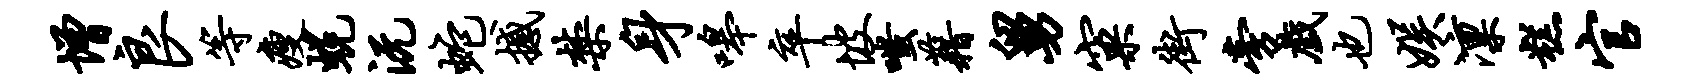
增良等瘦蜕沅蛇撼禁身嗥卒坡嗤藉舅窠街旁戏也娱凛糕官